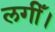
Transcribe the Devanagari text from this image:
लगीँ।